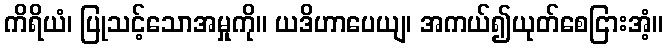
ကိရိယံ၊ ပြုသင့်သောအမှုကို။ ယဒိဟာပေယျ၊ အကယ်၍ယုတ်စေငြားအံ့။